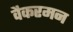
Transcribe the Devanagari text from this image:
वैकरमन